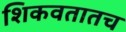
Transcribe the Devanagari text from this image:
शिकवतातच